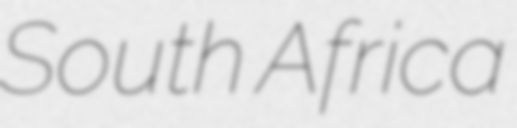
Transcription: South Africa